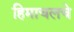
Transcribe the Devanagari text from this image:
हिमाचलचे